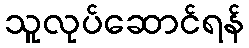
သူလုပ်ဆောင်ရန်